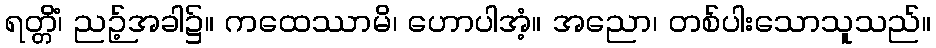
ရတ္တိံ၊ ညဉ့်အခါ၌။ ကထေဿာမိ၊ ဟောပါအံ့။ အညော၊ တစ်ပါးသောသူသည်။